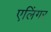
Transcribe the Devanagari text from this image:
एलिंगर